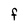
Character: F